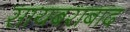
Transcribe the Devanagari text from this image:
सायबराबाद